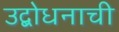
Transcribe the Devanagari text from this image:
उद्बोधनाची